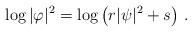
LaTeX: \begin{align*}\log |\varphi|^2=\log\left(r|\psi|^2+s\right)\,.\end{align*}